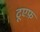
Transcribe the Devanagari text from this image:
टूएफ़